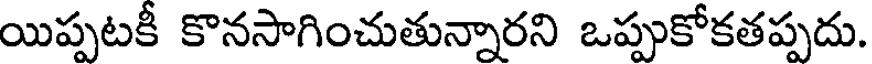
యిప్పటకీ కొనసాగించుతున్నారని ఒప్పుకోకతప్పదు.